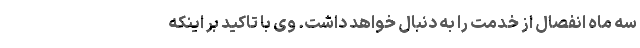
سه ماه انفصال از خدمت را به دنبال خواهد داشت. وی با تاکید بر اینکه